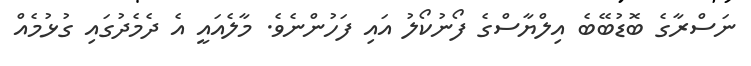
ނަސްރާގެ ބޮޑުބޭބެ އިލްޔާސްގެ ފޯނުކޯލު އައި ފަހުންނެވެ. މާލެއައީ އެ ދެމެދުގައި ގުޅުމެއް